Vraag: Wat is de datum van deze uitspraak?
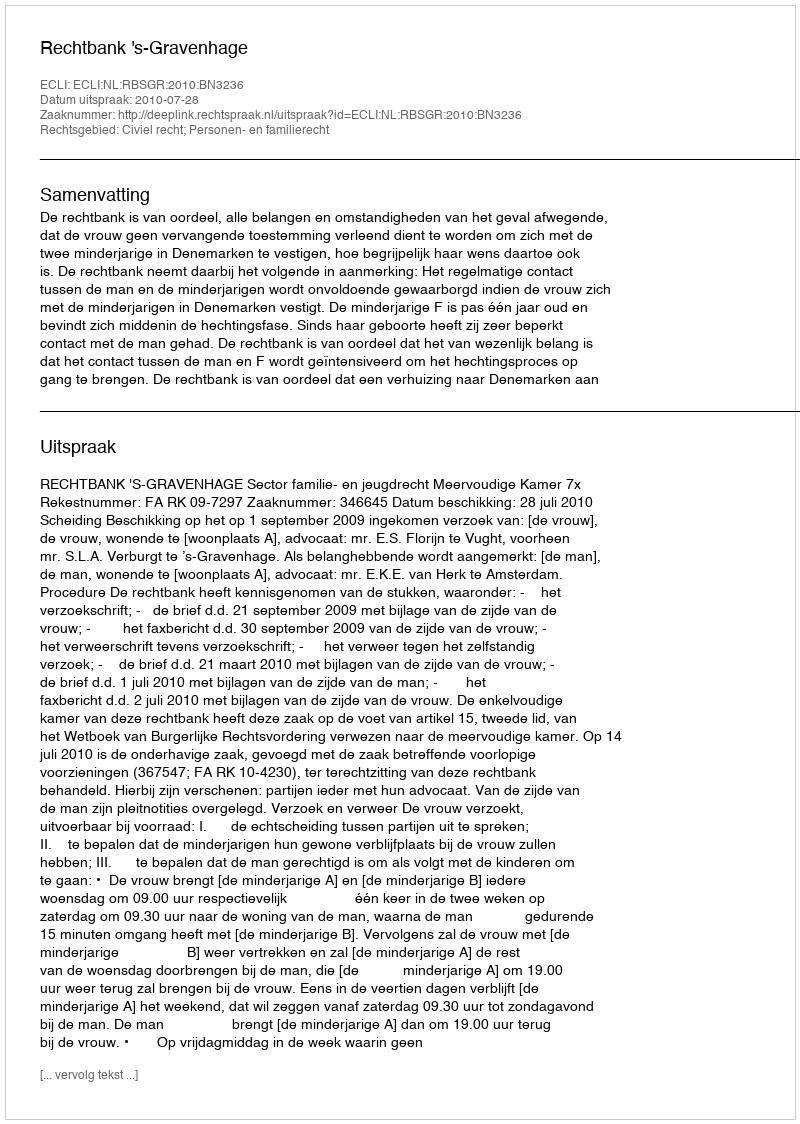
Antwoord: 2010-07-28